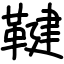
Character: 鞬